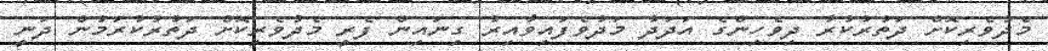
މެދުވެރިކޮށް ދަތުރުކުރާ ދިވެހިންގެ އަދަދު މަދުވެފައިވާއިރު ގިނައިން ފެރީ މެދުވެރިކޮށް ދަތުރުކުރަމުން ދަނީ